65_HS1-834228961_62-HQ-83894_Section_10
Agency: FBI
Page 115
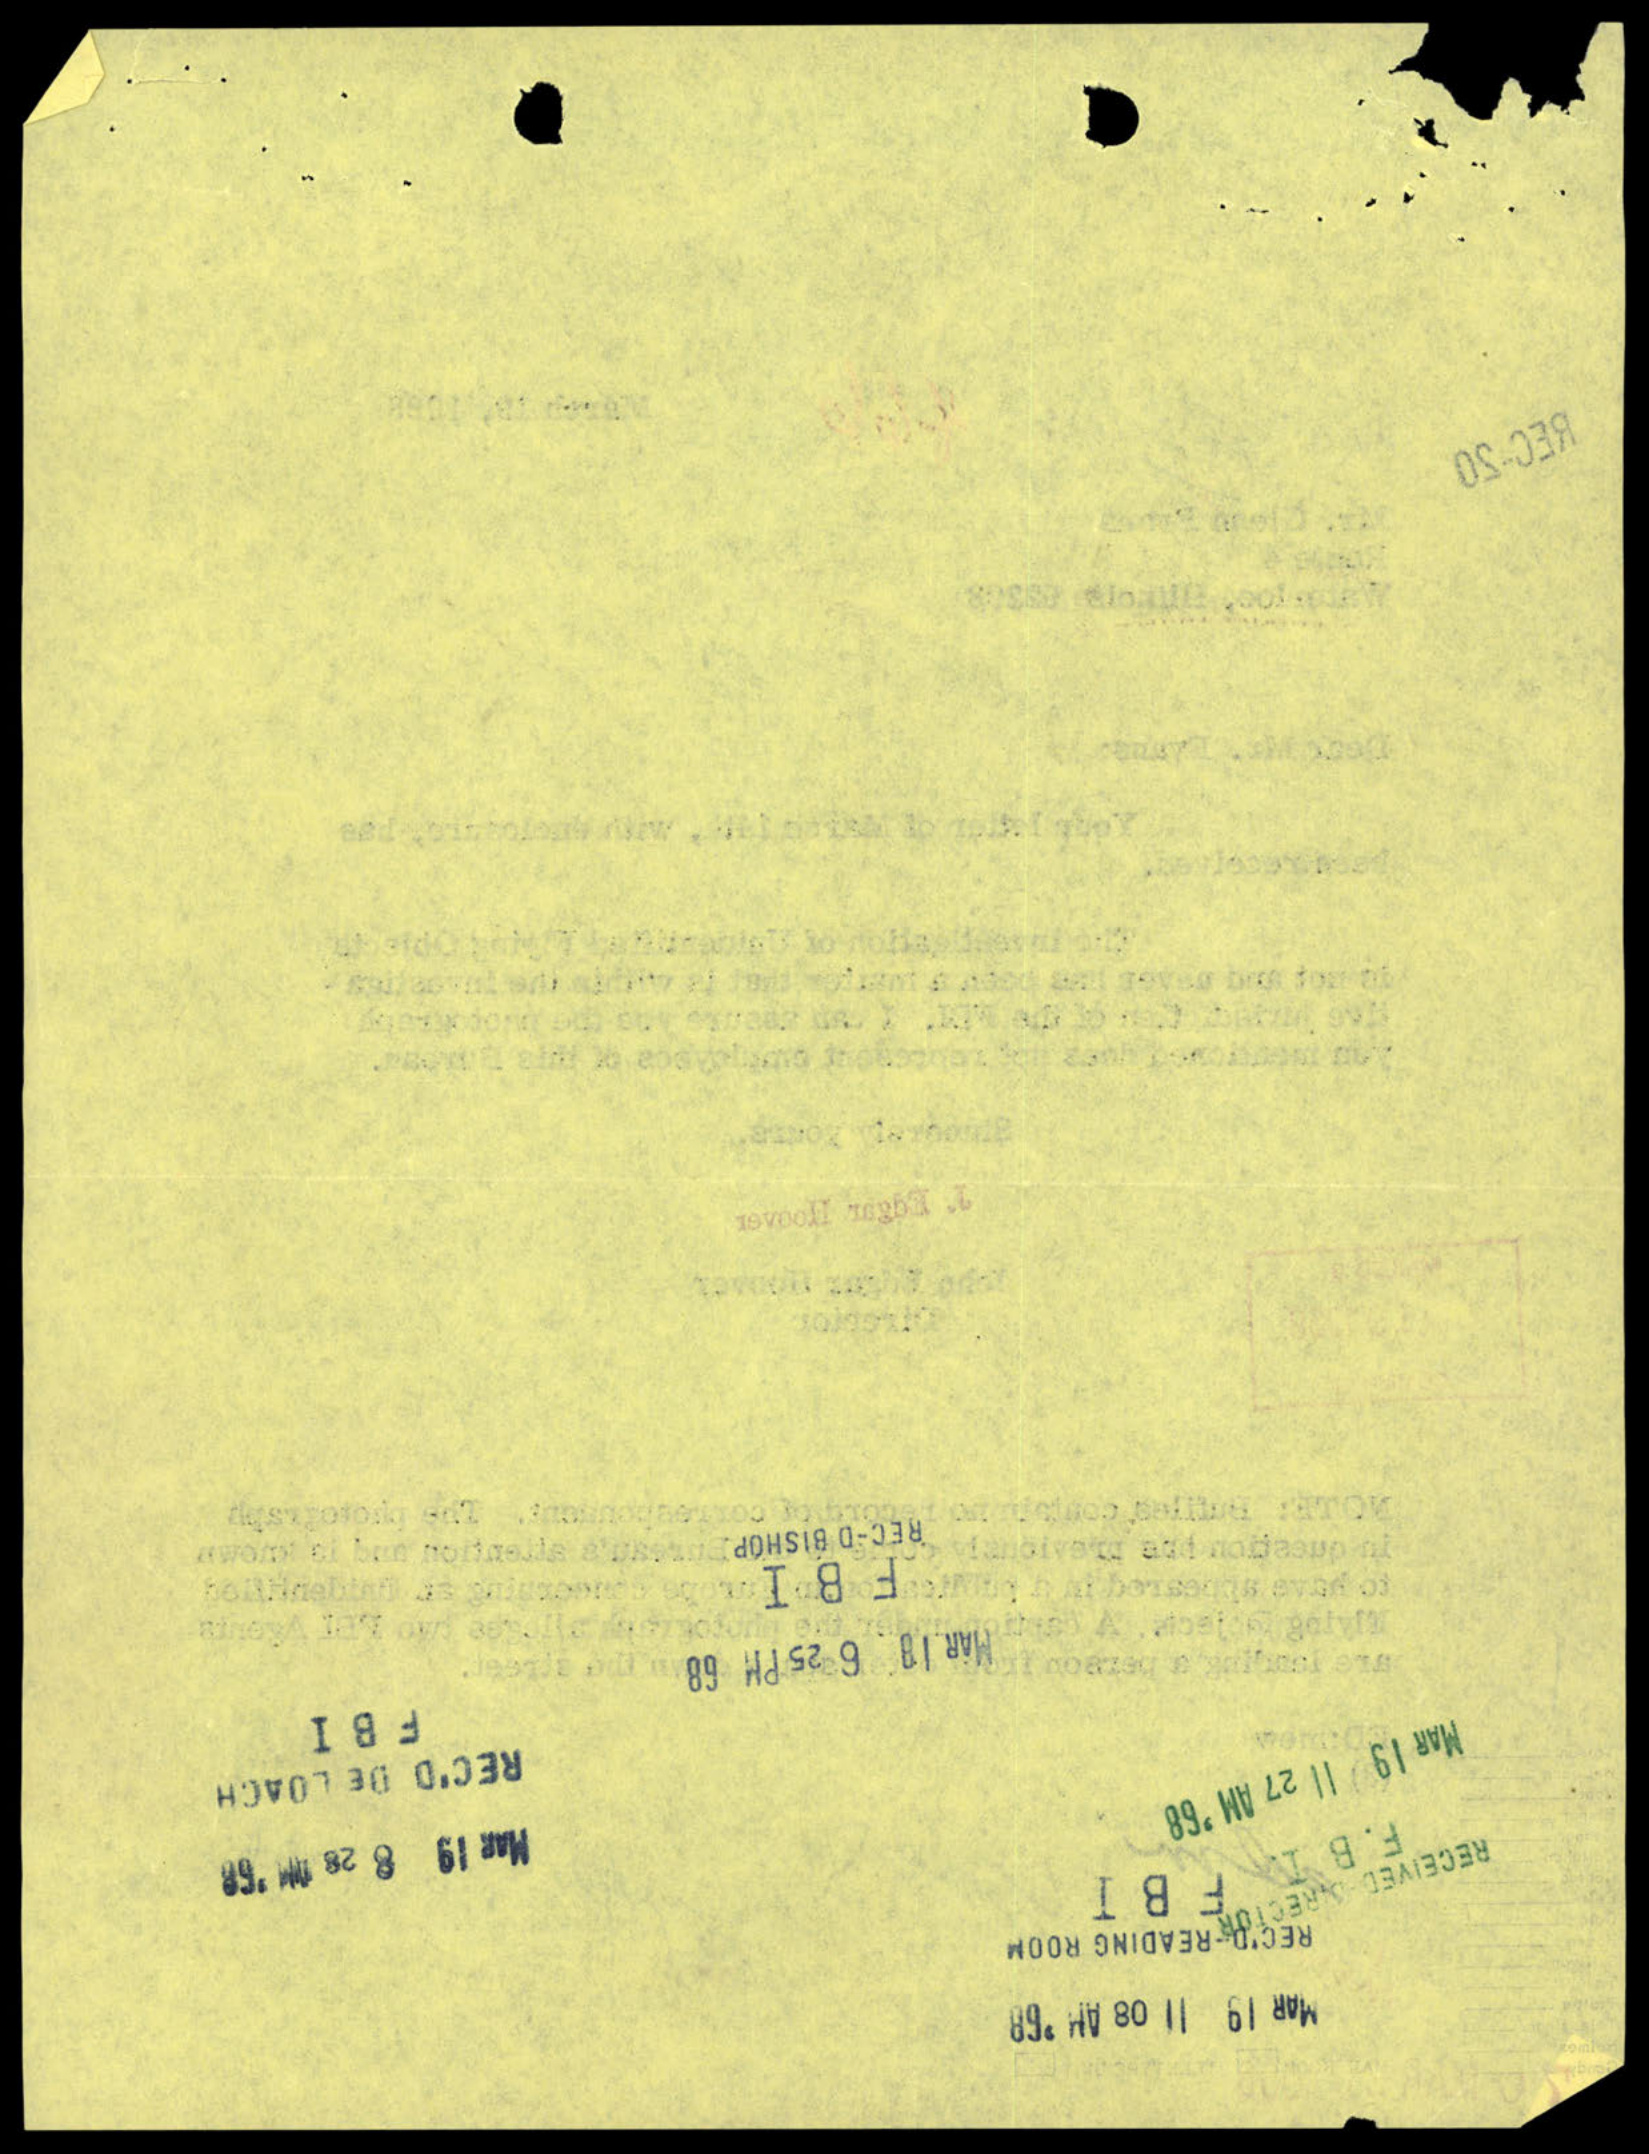